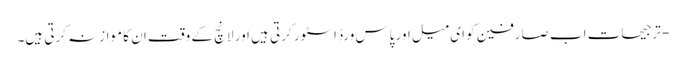
- ترجیحات اب صارفین کو ای میل اور پاس ورڈ اسٹور کرتی ہیں اور لانچ کے وقت ان کا موازنہ کرتی ہیں۔